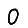
Digit: 0